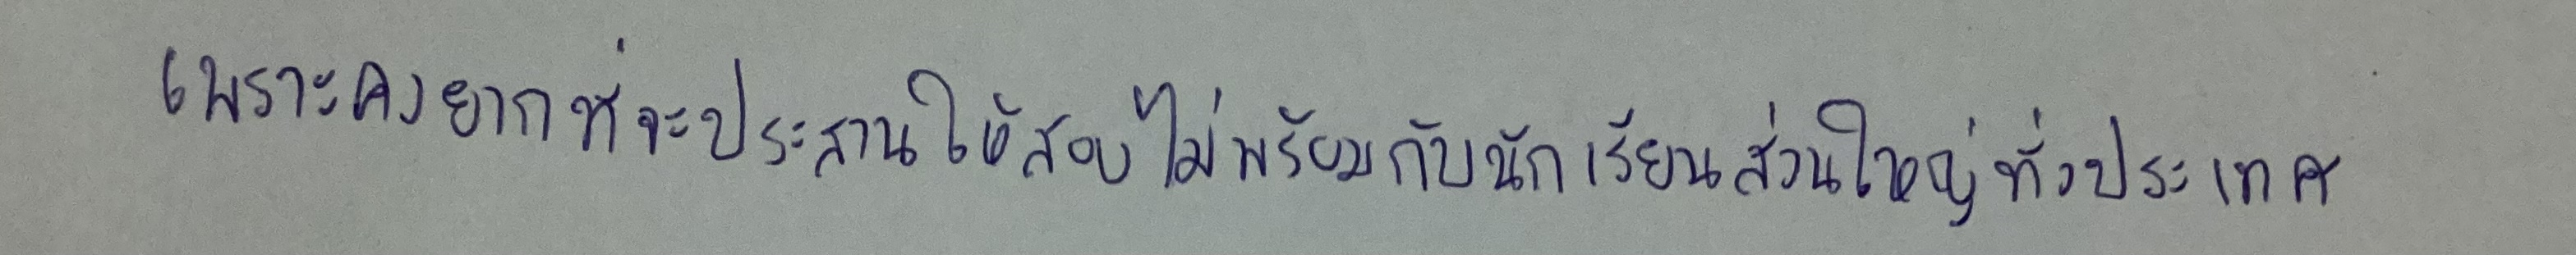
เพราะคงยากที่จะประสานให้สอบไม่พร้อมกับนักเรียนส่วนใหญ่ทั่วประเทศ